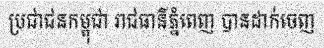
ប្រជាជនកម្ពុជា រាជធានីភ្នំពេញ បានដាក់ចេញ